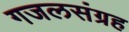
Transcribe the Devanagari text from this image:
गजलसंग्रह